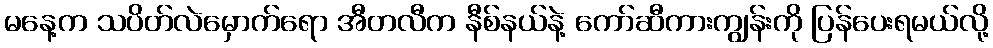
မနေ့က သပိတ်လဲမှောက်ရော အီတလီက နီစ်နယ်နဲ့ ကော်ဆီကားကျွန်းကို ပြန်ပေးရမယ်လို့